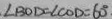
\angle B O D = \angle C O D = 6 0 ^ { \circ }